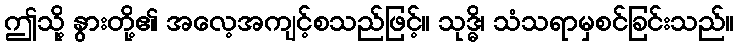
ဤသို့ နွားတို့၏ အလေ့အကျင့်စသည်ဖြင့်။ သုဒ္ဓိ၊ သံသရာမှစင်ခြင်းသည်။